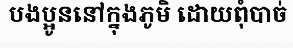
បងប្អូននៅក្នុងភូមិ ដោយពុំបាច់